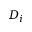
D _ { i }